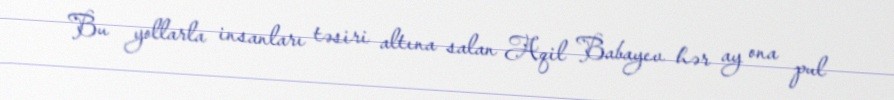
Bu yollarla insanları təsiri altına salan Aqil Babayev hər ay ona pul